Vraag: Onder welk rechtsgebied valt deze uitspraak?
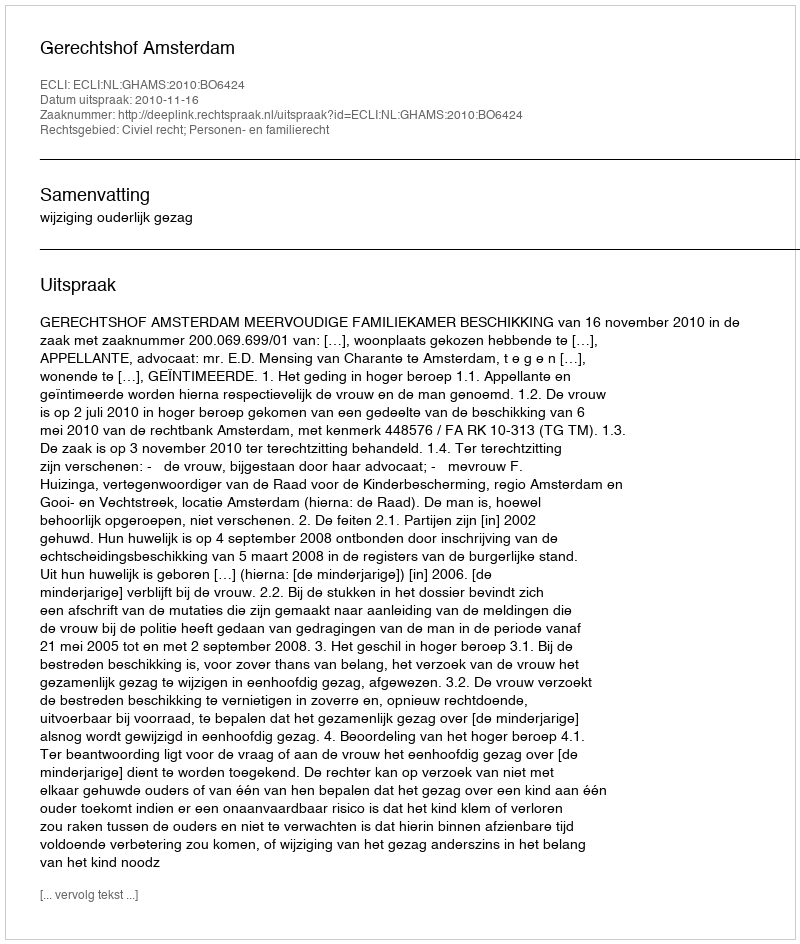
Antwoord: Civiel recht; Personen- en familierecht